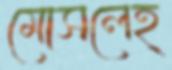
মোসলেহ্